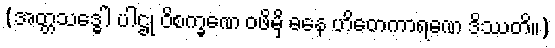
(အတ္တသဒ္ဓေါ ပါဌု ဝိစက္ခဏေ ဝဖိမှိ ဓနေ ဟိတေကာရဏေ ဒိဿတိ။)